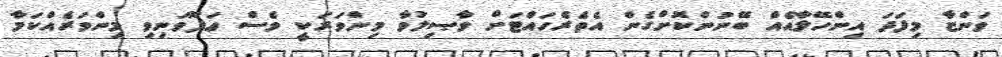
ވަންޏާ މިފަދަ އިންހޭލާއެއް ބޭނުންކޮށްގެން އެތެރެހައްޓަށް ވާޞިލުވާ މިންވަރަކީ ވެސް ޢަފޫވަނިވި މިންވަރެއްކަމާ